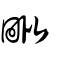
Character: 毘